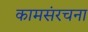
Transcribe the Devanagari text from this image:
कामसंरचना